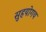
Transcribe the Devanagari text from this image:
सुहयोगय